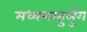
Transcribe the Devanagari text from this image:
मध्यमस्तुर्लुग